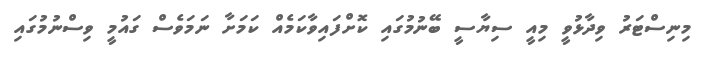
މިނިސްޓަރު ވިދާޅުވީ މިއީ ސިޔާސީ ބޭނުމުގައި ކޮށްފައިވާކަމެއް ކަމަށާ ނަމަވެސް ގައުމީ ވިސްނުމުގައި